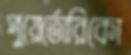
পুয়ের্তোরিকো